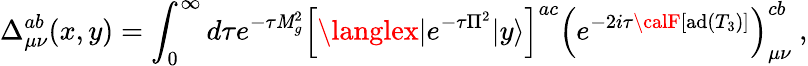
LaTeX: \Delta_{\mu\nu}^{ab}(x,y)=\int_{0}^{\infty}d{\tau}e^{-\tau\mathit{M}_{g}^{2}}\left[\langlex|e^{-\tau\Pi^{2}}|y\rangle\right]^{ac}\left(e^{-2i\tau{\calF}[\mathrm{{ad}}(T_{3})]}\right)_{\mu\nu}^{cb}\ ,